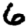
Digit: 6